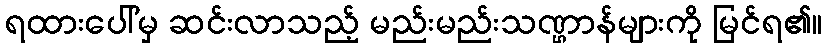
ရထားပေါ်မှ ဆင်းလာသည့် မည်းမည်းသဏ္ဌာန်များကို မြင်ရ၏။